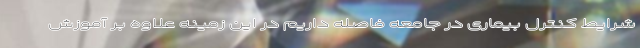
شرایط کنترل بیماری در جامعه فاصله داریم در این زمینه علاوه بر آموزش